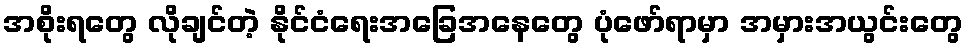
အစိုးရတွေ လိုချင်တဲ့ နိုင်ငံရေးအခြေအနေတွေ ပုံဖော်ရာမှာ အမှားအယွင်းတွေ